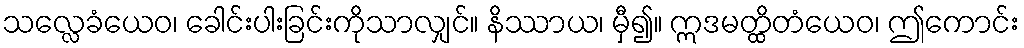
သလ္လေခံယေဝ၊ ခေါင်းပါးခြင်းကိုသာလျှင်။ နိဿာယ၊ မှီ၍။ ဣဒမတ္ထိတံယေဝ၊ ဤကောင်း